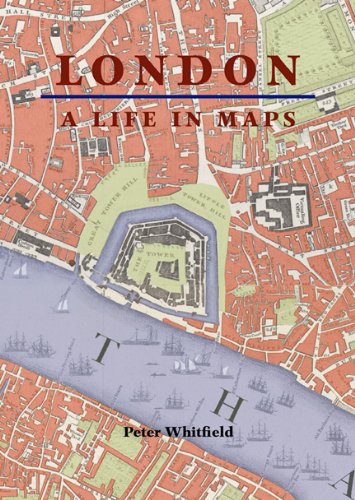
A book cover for London: A Life in Maps; Peter Whitfield; History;